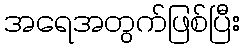
အရေအတွက်ဖြစ်ပြီး